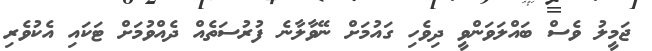
ޖަމީލު ވެސް ބައްލަވަންވީ ދިވެހި ގައުމަށް ނޭވާލާނެ ފުރުސަތެއް ދެއްވުމަށް ޓަކައި އެކުވެރި